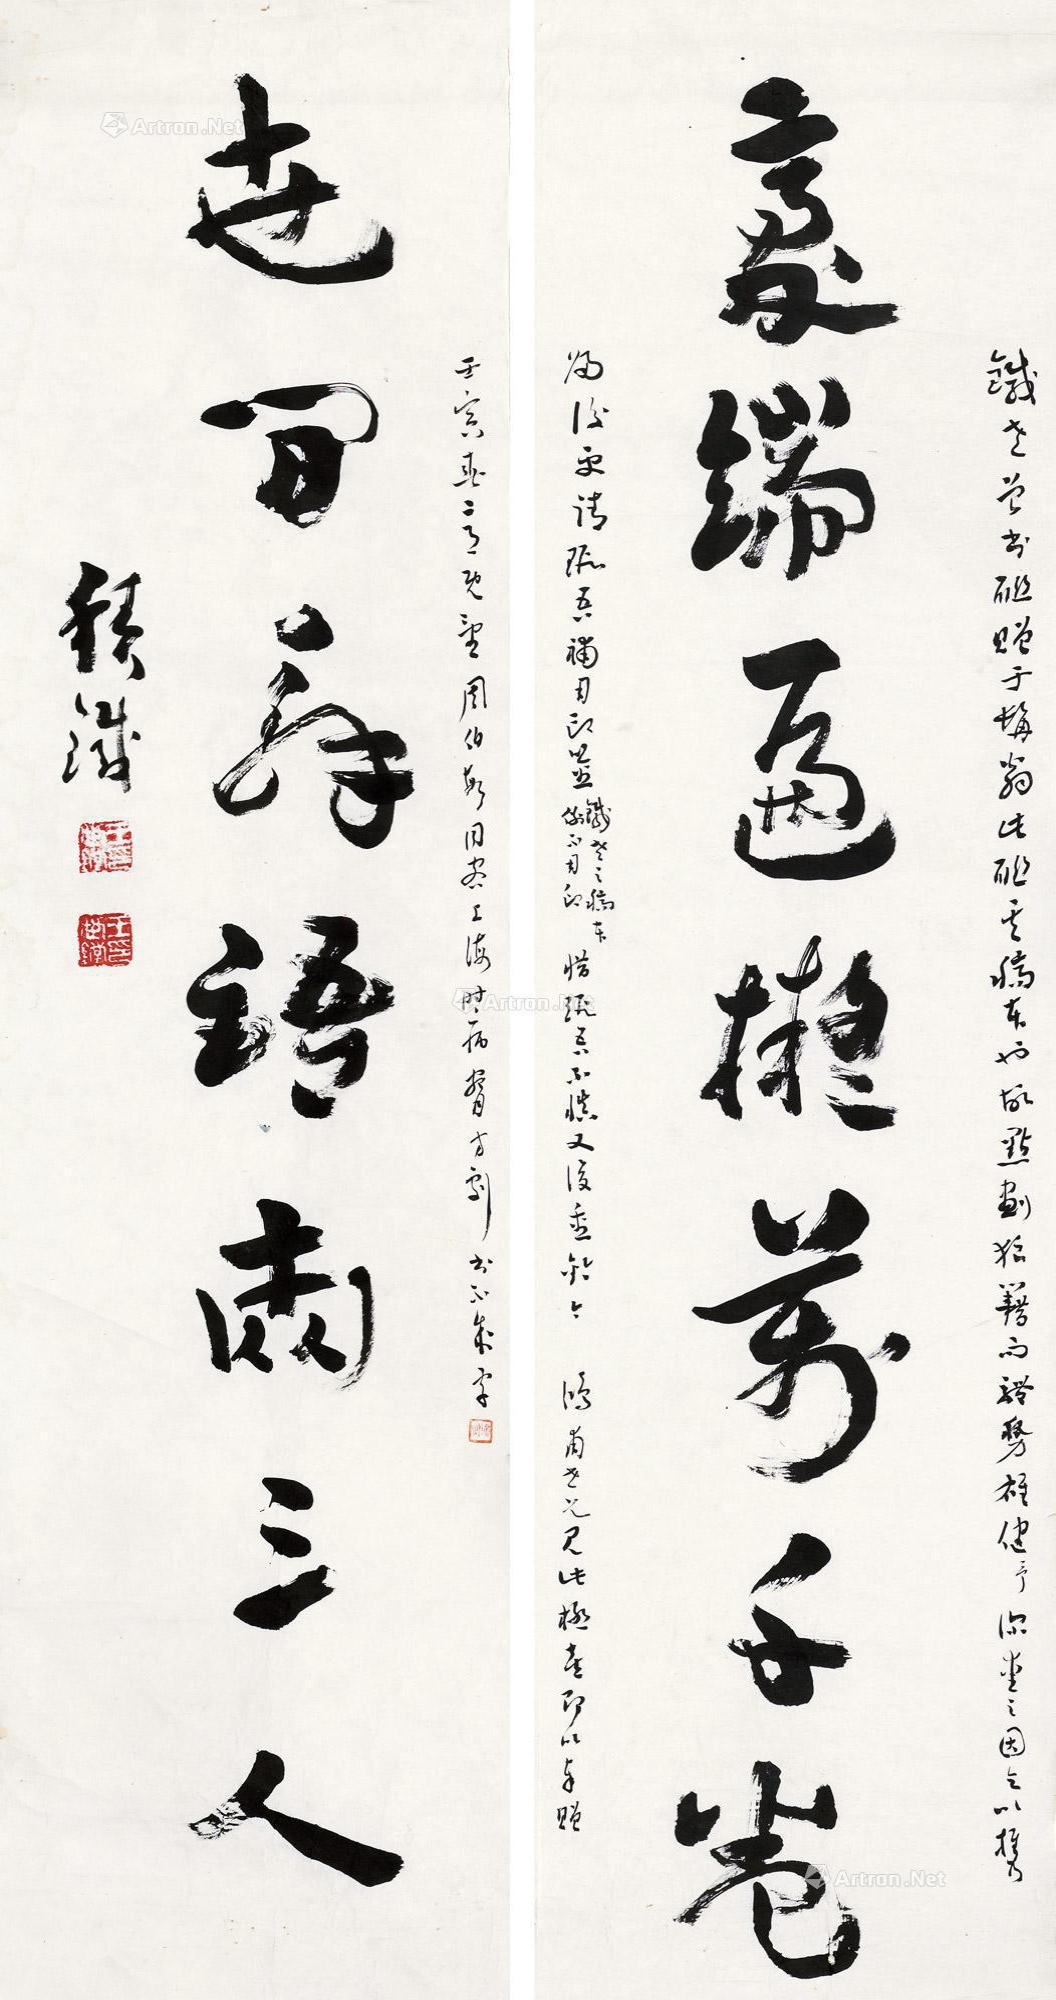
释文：毫端遍拟万千卷，世间辞语两三人。积铁。铁老曾书联赠于髯翁，此联其稿本也，故点划狼籍而体势雄健，予深爱之，因乞以携归，后更请瑕吾补用印鉴。（铁老之稿本例不用印）惜瑕吾不慎又复重钤。今鸿甫老兄见此极喜，即以奉赠。壬寅春三月既望，周伯敏同客上海，时病腕方剧，书不成字。